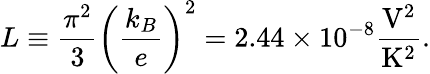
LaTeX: L\equiv\frac{\pi^{2}}{3}\left(\frac{k_{B}}{e}\right)^{2}=2.44\times 10^{-8}\frac{\mathrm{V}^{2}}{\mathrm{K^{2}}}.